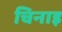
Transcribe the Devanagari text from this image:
चिनाइ